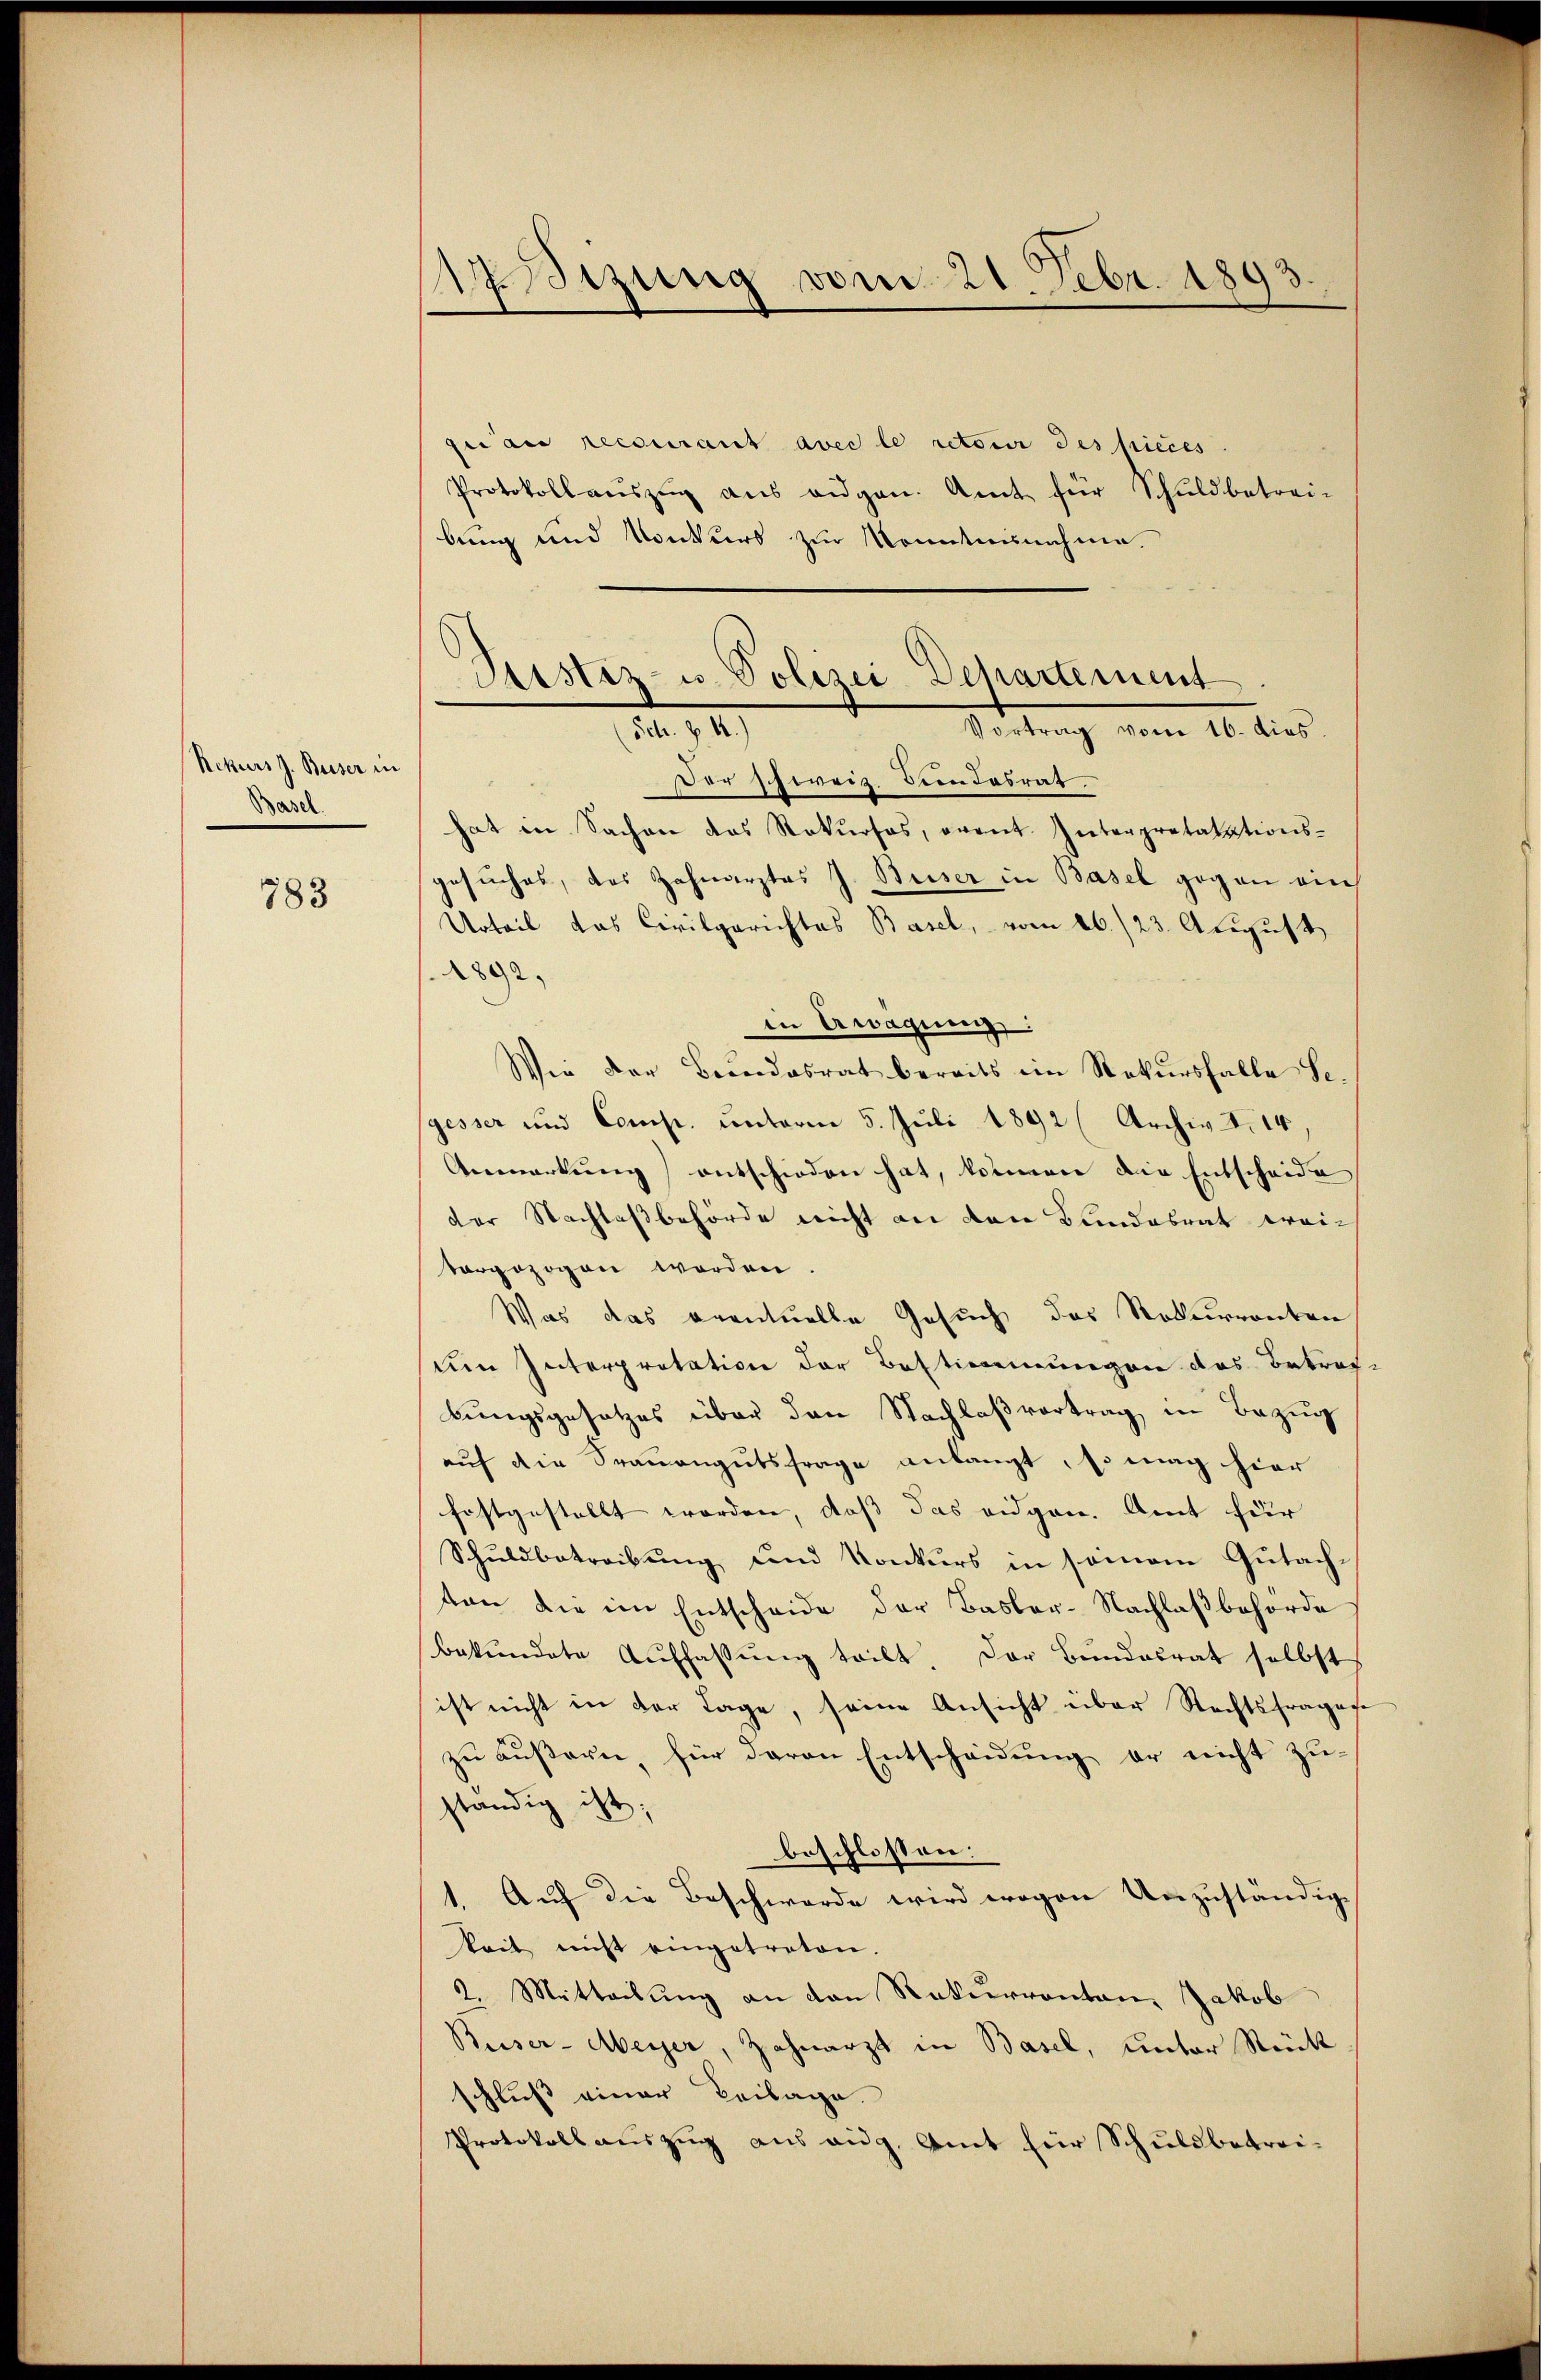
Rekurs J. Buser in
Basel.

783

1.Sizung vom 21. Febr. 1893
e

gi au recourant avec le retour des pieces
Protokoll aŭszŭg aŭs eidgen. Amt für Schuldbetrei-
bung und Konkurs zur Kenntnisnahme.
Der schweiz. Seindesrat.
hat in Sachen das Rekŭrses, event. Interpretatations-
gesuches, das Zahnarztes J. Beiser in Basel gegen ein
Urteil das Civilgerichtes Basel, vom 26./23. August
1892,
in Erwägung
Wie der Brandesrat bereits ein Rekŭrsfalle Se.
gesser und Comp. unterm 5. Juli 1892 (Archiv I. 14.
Anmerkung) entschieden hat, können die Entscheide
der Nachlaßbehörde nicht an den Bundesrat weivorgezogen worden
Was das eventuelle Gesuch das Rekurrenten
um Interpretation der Bestimmungen das Betref
bungsgesetzes über den Nachlaßvortrag in Bezug
auf die Frauengutsfrage anlangt, so mag hier
festgestellt worden, daß das eidgen. Amt für
Schuldbetreibung und Konkurs in seinem Gutachten die im Entscheide der Basler-Nachlaßbehörde
Bekŭndete Auffassŭng teilt. Der Bundesrat selbst
ist nicht in der Tage, seine Ansicht über Rechtsfrages
zu äussern, für davon Entscheidung er nicht zu-
ständig ist;
beschlossen:
1. Auf die Beschwerde wird wogen Unzuständige
kait nicht eingetreten.
2. Mitteilung an den Rekurrenten, Jakob
Beiser-Meyer, Zahnarzt in Basel, unter Stück
schluß einer Beilage.
Protokollauszug aus aug. Amt für Schuldbetrei¬

Justiz- u. Polizei-Departement
Sch. §. 4.)
Vortrag vom 16. dies